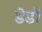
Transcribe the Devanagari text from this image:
डेडो